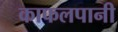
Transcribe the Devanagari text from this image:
काफलपानी